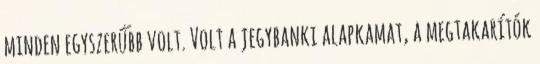
minden egyszerűbb volt. Volt a jegybanki alapkamat, a megtakarítók